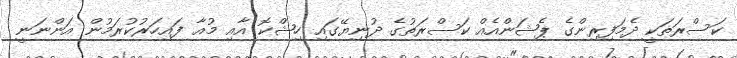
ކަސްރަތަކީ ދެމަފިރިންގެ ޕެޝަންއެއް ކަސްރަތުގެ ދުނިޔޭގައި ހިޝްކޮ އާއި މުއާ ފައިހަރުކުރަމުން އަންނަނީ